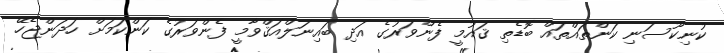
ކުނިކޫސަނި ކަންތައްތައް ބޮޑެތި ޤައުމީ ފެންވަރުގެ އަދި ބައިނަލްއަޤްވާމީ ފެންވަރުގެ ކަންކަމަށް ހަދަންޖެހޭ